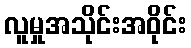
လူမှုအသိုင်းအဝိုင်း